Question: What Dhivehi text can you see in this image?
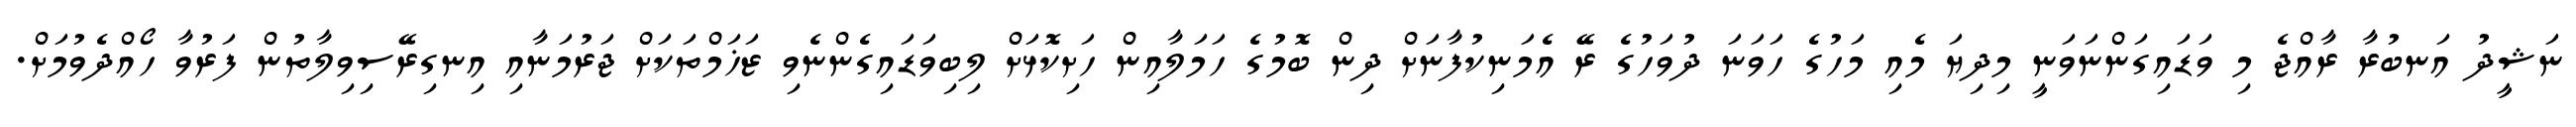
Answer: ނަޝީދު އަނބުރާ ރާއްޖެ މި ވަޑައިގަންނަވަނީ މިދިޔަ މެއި މަހުގެ ހަވަނަ ދުވަހުގެ ރޭ އެމަނިކުފާނަށް ދިން ބޮމުގެ ހަމަލާއިން ހަށިކޮޅަށް ލިބިވަޑައިގެންނެވި ޒަޚަމްތަކަށް ޖަރުމަނާއި އިނގިރޭސިވިލާތުން ފަރުވާ ހޯއްދެވުމަށް.